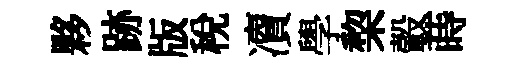
夥跡版稅凟學棃轂蒔